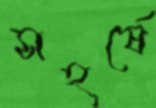
সহর্ষে